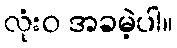
လုံးဝ အခမဲ့ပါ။